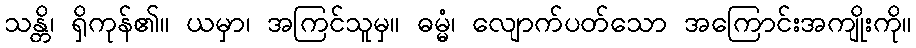
သန္တိ၊ ရှိကုန်၏။ ယမှာ၊ အကြင်သူမှ။ ဓမ္မံ၊ လျောက်ပတ်သော အကြောင်းအကျိုးကို။